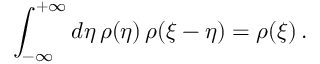
\int _ { - \infty } ^ { + \infty } d \eta \, \rho ( \eta ) \, \rho ( \xi - \eta ) = \rho ( \xi ) \, .